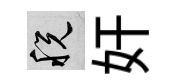
税奸